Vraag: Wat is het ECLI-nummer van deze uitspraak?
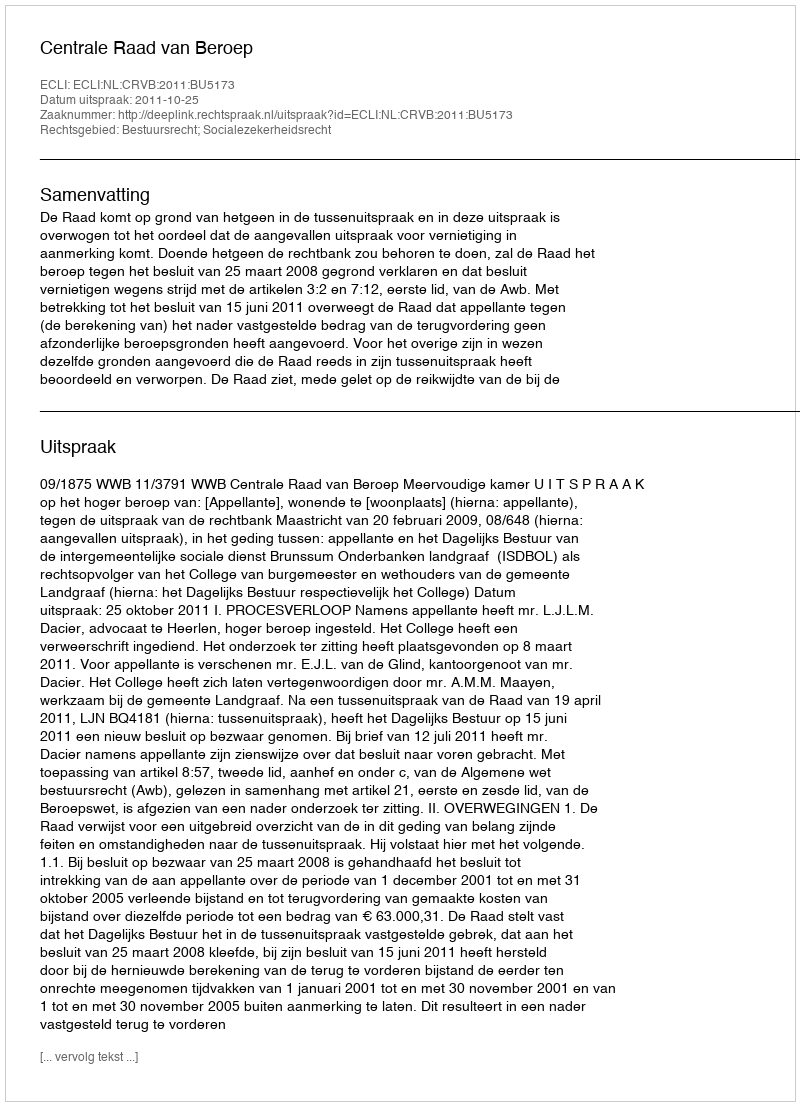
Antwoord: ECLI:NL:CRVB:2011:BU5173